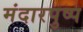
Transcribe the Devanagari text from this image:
मंदारपुष्प